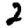
Digit: 2